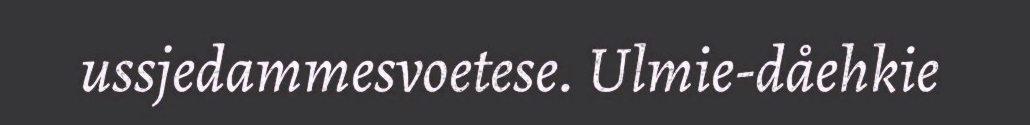
ussjedammesvoetese. Ulmie-dåehkie